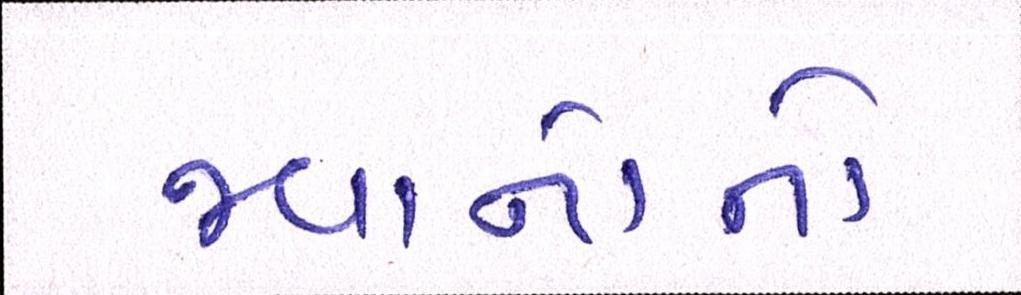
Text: જવાનોનો